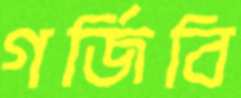
গর্জিবি